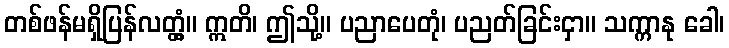
တစ်ဖန်မရှိပြန်လတ္တံ့။ ဣတိ၊ ဤသို့။ ပညာပေတုံ၊ ပညတ်ခြင်းငှာ။ သက္ကာနု ခေါ၊